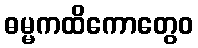
ဓမ္မကထိကောတွေဝ